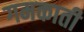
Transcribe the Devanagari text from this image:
गमकाती